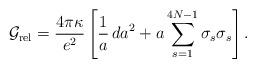
LaTeX: \begin{align*}{\cal G}_{\rm rel}=\frac{4\pi\kappa}{e^2}\left[\frac{1}{a}\,da^2+a\sum_{s=1}^{4N-1}\sigma_s\sigma_s\right].\end{align*}